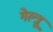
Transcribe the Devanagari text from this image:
गेल्त्रू